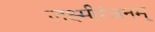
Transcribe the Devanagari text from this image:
लक्ष्मीरंजनम्